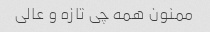
ممنون همه چی تازه و عالی